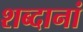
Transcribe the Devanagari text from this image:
शब्दानां